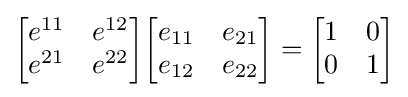
{\begin{bmatrix}e^{11}&e^{12}\\e^{21}&e^{22}\end{bmatrix}}{\begin{bmatrix}e_{11}&e_{21}\\e_{12}&e_{22}\end{bmatrix}}={\begin{bmatrix}1&0\\0&1\end{bmatrix}}